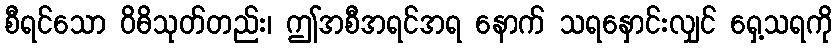
စီရင်သော ဝိဓိသုတ်တည်း၊ ဤအစီအရင်အရ နောက် သရနှောင်းလျှင် ရှေ့သရကို